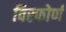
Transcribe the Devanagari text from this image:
विस्फोर्ण